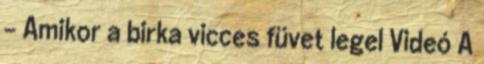
– Amikor a birka vicces füvet legel Videó A